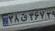
۳۸ق۳۶۷۲۹